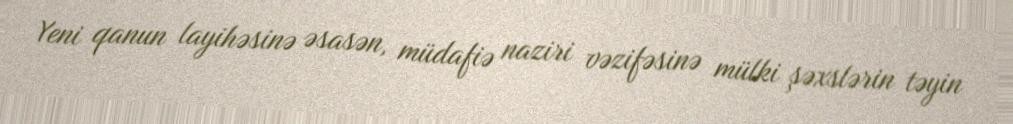
Yeni qanun layihəsinə əsasən, müdafiə naziri vəzifəsinə mülki şəxslərin təyin